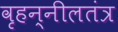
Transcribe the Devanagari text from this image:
वृहन्नीलतंत्र